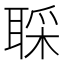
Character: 𫆇